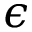
\epsilon